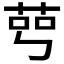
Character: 𦰉